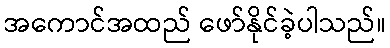
အကောင်အထည် ဖော်နိုင်ခဲ့ပါသည်။